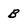
Character: B